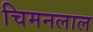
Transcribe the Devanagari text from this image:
चिमनलाल